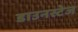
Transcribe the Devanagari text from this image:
डाउनस्टेज